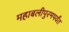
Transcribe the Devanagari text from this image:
महाबलीपुरमपर्यंत